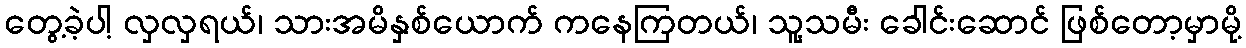
တွေ့ခဲ့ပါ့ လှလှရယ်၊ သားအမိနှစ်ယောက် ကနေကြတယ်၊ သူ့သမီး ခေါင်းဆောင် ဖြစ်တော့မှာမို့